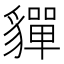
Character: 貚